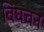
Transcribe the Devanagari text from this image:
विघचन